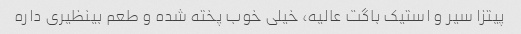
پیتزا سیر و استیک باگت عالیه، خیلی خوب پخته شده و طعم بینظیری داره